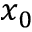
x _ { 0 }